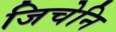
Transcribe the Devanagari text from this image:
जिचेनि